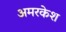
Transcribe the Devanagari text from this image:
अमरकेश